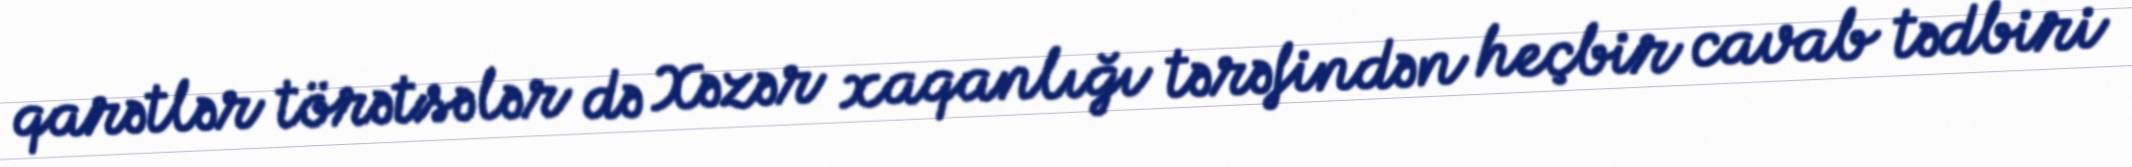
qarətlər törətsələr də Xəzər xaqanlığı tərəfindən heçbir cavab tədbiri